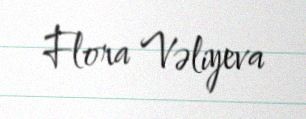
Flora Vəliyeva